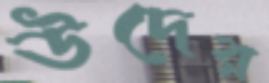
উদের